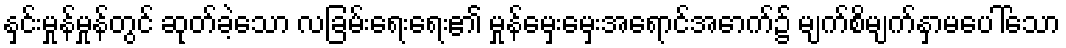
နှင်းမှုန်မှုန်တွင် ဆုတ်ခဲ့သော လခြမ်းရေးရေး၏ မှုန်မှေးမှေးအရောင်အောက်၌ မျက်စိမျက်နှာမပေါ်သော